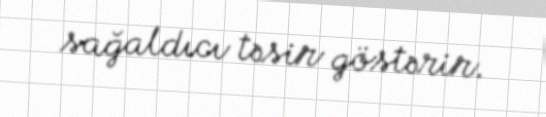
sağaldıcı təsir göstərir.